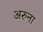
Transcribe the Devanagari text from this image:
अरुना